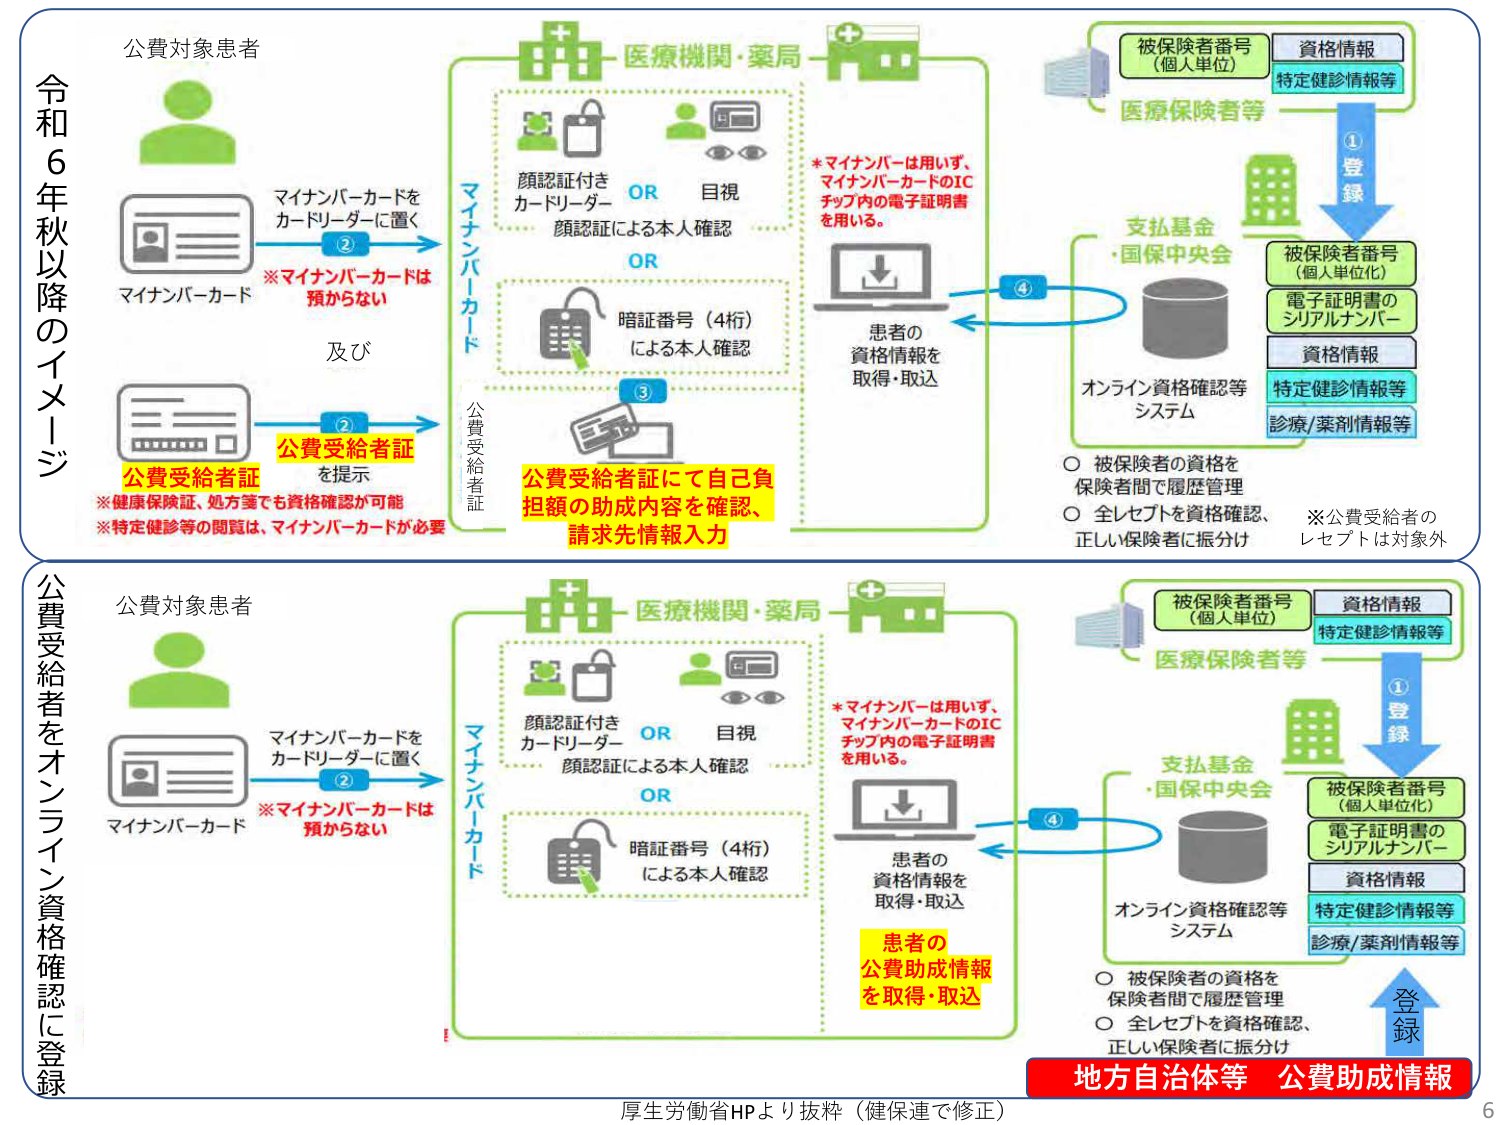
令和6年秋以降のイメージ
公費対象患者
マイナンバーカードをカードリーダーに置く
※マイナンバーカードは預からない
マイナンバーカード
及び
公費受給者証を提示
※健康保険証、処方箋等でも資格確認が可能
※特定健診等の閲覧は、マイナンバーカードが必要
公費受給者証
医療機関・薬局
顔認証付きカードリーダー
OR
目視
顔認証による本人確認
OR
暗証番号（4桁）による本人確認
マイナンバーカード
患者の資格情報を取得・取込
※マイナンバーは用いず、マイナンバーカードのICチップ内の電子証明書を用いる。
被保険者番号（個人単位）
資格情報
特定健診情報等
医療保険者等
①登録
支払基金・国保中央会
被保険者番号（個人単位化）
電子証明書のシリアルナンバー
資格情報
特定健診情報等
診療/薬剤情報等
オンライン資格確認等システム
○ 被保険者の資格を保険者間で履歴管理
○ 全レセプトを資格確認、正しい保険者に振分け
※公費受給者のレセプトは対象外
公費受給者証にて自己負担額の助成内容を確認、請求先情報入力
②
③
④

公費受給者をオンライン資格確認に登録
公費対象患者
マイナンバーカードをカードリーダーに置く
※マイナンバーカードは預からない
マイナンバーカード
医療機関・薬局
顔認証付きカードリーダー
OR
目視
顔認証による本人確認
OR
暗証番号（4桁）による本人確認
マイナンバーカード
患者の資格情報を取得・取込
※マイナンバーは用いず、マイナンバーカードのICチップ内の電子証明書を用いる。
被保険者番号（個人単位）
資格情報
特定健診情報等
医療保険者等
①登録
支払基金・国保中央会
被保険者番号（個人単位化）
電子証明書のシリアルナンバー
資格情報
特定健診情報等
診療/薬剤情報等
オンライン資格確認等システム
○ 被保険者の資格を保険者間で履歴管理
○ 全レセプトを資格確認、正しい保険者に振分け
患者の公費助成情報を取得・取込
②
④
登録
地方自治体等 公費助成情報

厚生労働省HPより抜粋（健保連で修正）
6